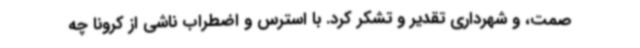
صمت، و شهرداری تقدیر و تشکر کرد. با استرس و اضطراب ناشی از کرونا چه